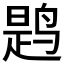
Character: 𫛸